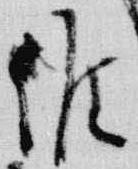
候